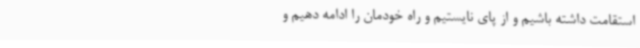
استقامت داشته باشیم و از پای نایستیم و راه خودمان را ادامه دهیم و